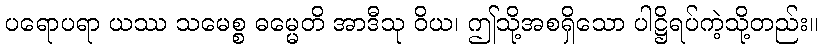
ပရောပရာ ယဿ သမေစ္စ ဓမ္မေတိ အာဒီသု ဝိယ၊ ဤသို့အစရှိသော ပါဋ္ဌိရပ်ကဲ့သို့တည်း။